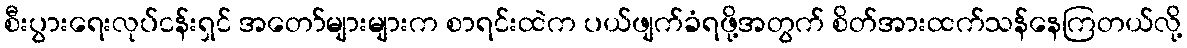
စီးပွားရေးလုပ်ငန်းရှင် အတော်များများက စာရင်းထဲက ပယ်ဖျက်ခံရဖို့အတွက် စိတ်အားထက်သန်နေကြတယ်လို့